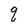
Character: q